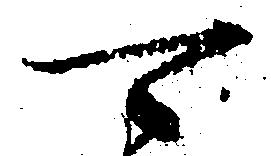
可